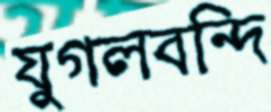
যুগলবন্দি